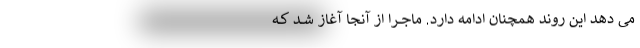
می دهد این روند همچنان ادامه دارد. ماجــرا از آنجا آغاز شــد کــه